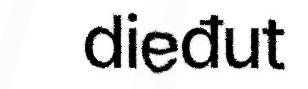
dieđut